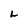
Character: L